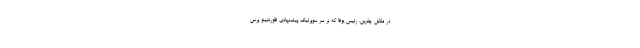
در مقابل چفرین، رئیس یوفا که بر سر سوپرلیگ پیشنهادی فلورنتینو پرس